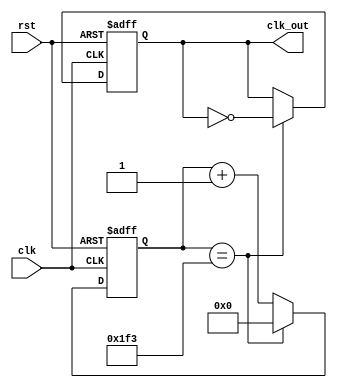
module clock_div_par#(
    parameter N = 9'd500, 
    parameter WIDTH = 9
)
(
    input clk,
    input rst,
    output reg clk_out
);


reg [WIDTH:0] counter;

always @(posedge clk or negedge rst) begin
	if (~rst) begin
		counter <= 0;
		clk_out <= 0;
	end
	else if (counter == N-1) begin
		clk_out <= ~clk_out;
		counter <= 0;
	end
	else
		counter <= counter + 1;
end

endmodule